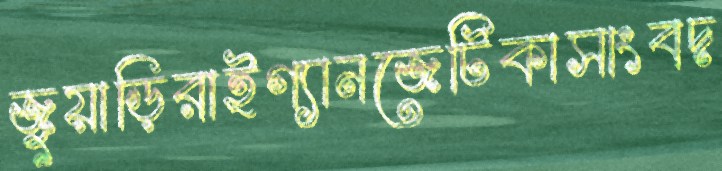
জুয়াড়িরাইগ্যানজেটিকাসাংবদ